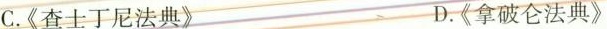
C.《查士丁尼法典》 D.《拿破仑法典》